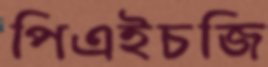
পিএইচজি